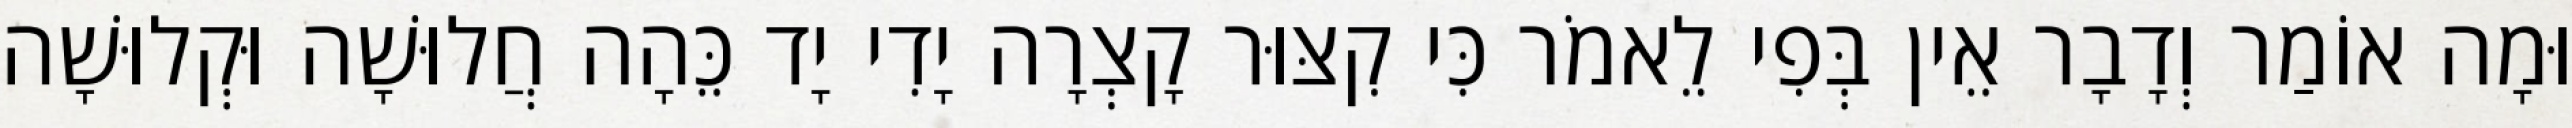
וּמָה אוֹמַר וְדָבָר אֵין בְּפִי לֵאמֹר כִּי קִצּוּר קָצְרָה יָדִי יָד כֵּהָה חֲלוּשָׁה וּקְלוּשָׁה